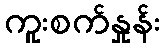
ကူးစက်နှုန်း